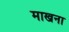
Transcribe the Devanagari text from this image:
माखना